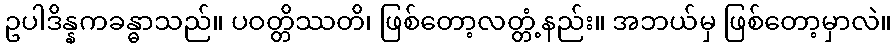
ဥပါဒိန္နကခန္ဓာသည်။ ပဝတ္တိဿတိ၊ ဖြစ်တော့လတ္တံ့နည်း။ အဘယ်မှ ဖြစ်တော့မှာလဲ။